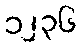
၁၂၃၆